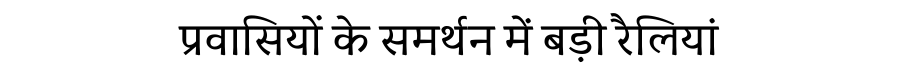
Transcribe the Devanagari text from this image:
प्रवासियों के समर्थन में बड़ी रैलियां